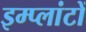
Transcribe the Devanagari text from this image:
इम्प्लांटों